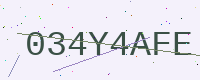
Text: 034Y4AFE